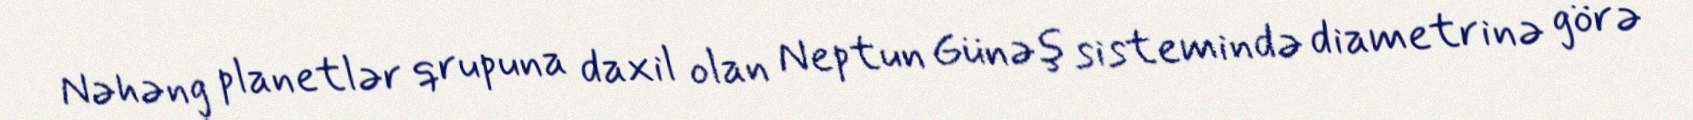
Nəhəng planetlər qrupuna daxil olan Neptun Günəş sistemində diametrinə görə